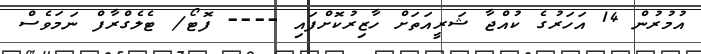
އުމުރުން 14 އަހަރުގެ ކުއްޖާ ޝަރީއަތަށް ހާޒިރުކޮށްފައި ---- ފޮޓޯ/ ޓެލެގްރާފް ނަމަވެސް